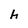
Character: h